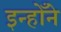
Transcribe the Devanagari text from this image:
इन्होँने